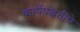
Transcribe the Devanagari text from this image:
कार्यपद्धतीचे